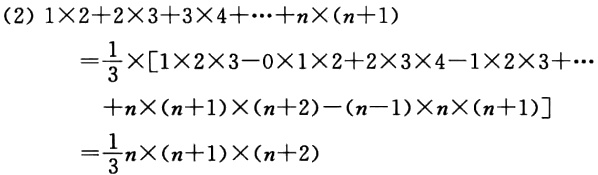
\[
\begin{align*}
&(2)1\times2 + 2\times3+3\times4+\cdots + n\times(n + 1)\\
=&\frac{1}{3}\times[1\times2\times3-0\times1\times2 + 2\times3\times4-1\times2\times3+\cdots\\
&+n\times(n + 1)\times(n + 2)-(n - 1)\times n\times(n + 1)]\\
=&\frac{1}{3}[n\times(n + 1)\times(n + 2)-(n - 1)\times n\times(n + 1)]\\
=&\frac{1}{3}n\times(n + 1)\times(n + 2)
\end{align*}
\]